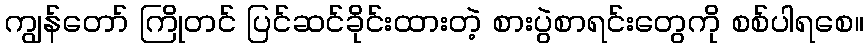
ကျွန်တော် ကြိုတင် ပြင်ဆင်ခိုင်းထားတဲ့ စားပွဲစာရင်းတွေကို စစ်ပါရစေ။